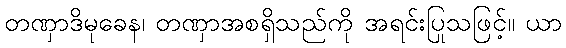
တဏှာဒိမုခေန၊ တဏှာအစရှိသည်ကို အရင်းပြုသဖြင့်။ ယာ